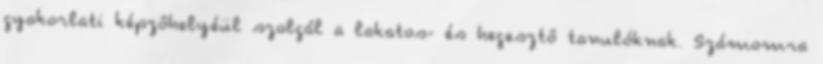
gyakorlati képzôhelyéül szolgál a lakatos- és hegesztô tanulóknak. Számomra